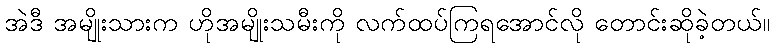
အဲဒီ အမျိုးသားက ဟိုအမျိုးသမီးကို လက်ထပ်ကြရအောင်လို တောင်းဆိုခဲ့တယ်။